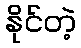
နိုင်တဲ့